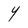
Character: Y